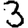
Digit: 3